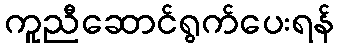
ကူညီဆောင်ရွက်ပေးရန်